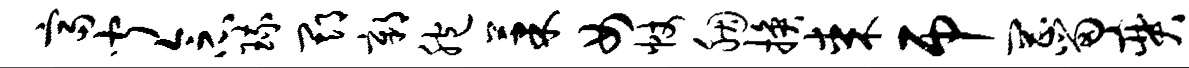
富闻念琉期鄣胞果女帐胭换某吊罔留奕